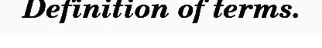
Definition of terms.